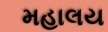
મહાલય